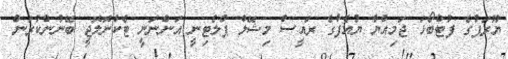
ޔޫރަޕުގެ ފުޓްބޯޅަ ޖަމިއްޔާ ޔުއެފާގެ ރައީސް މިޝޭލް ޕްލެޓިނީ އަންނަނީ ޓެކްނޮލޮޖީ ބޭނުންކުރަން